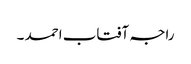
راجہ آفتاب احمد ۔